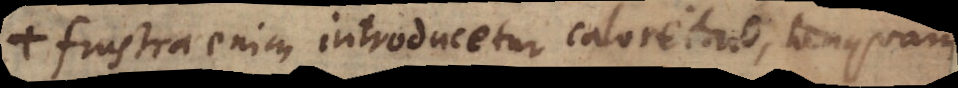
Frustra enim introducetur caloreitas, tanquam